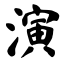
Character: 演